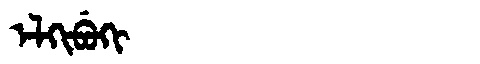
Manchu: ᡝᠯᡴᡳᠪᡠᡴᡳ
Romanization: ELKIBUKI